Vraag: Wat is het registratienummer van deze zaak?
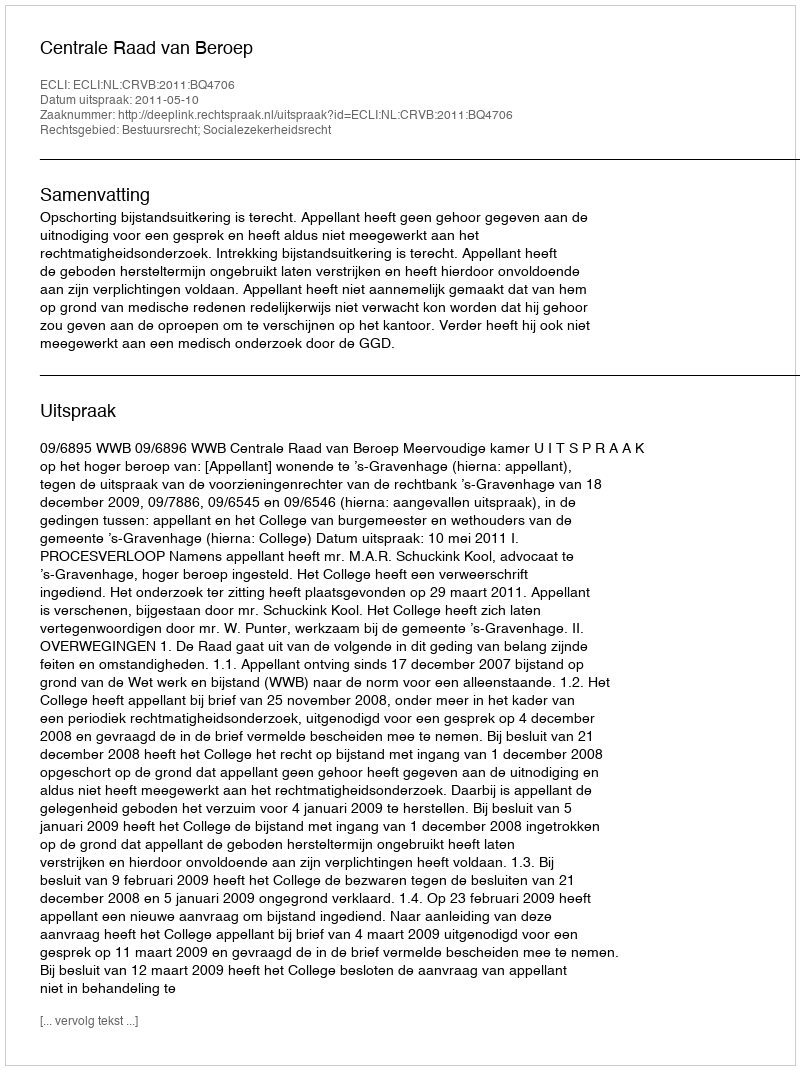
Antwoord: http://deeplink.rechtspraak.nl/uitspraak?id=ECLI:NL:CRVB:2011:BQ4706